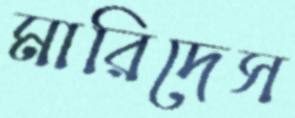
মারিদেস